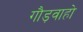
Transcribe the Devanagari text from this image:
गौड़वाहो